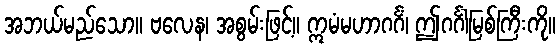
အဘယ်မည်သော။ ဗလေန၊ အစွမ်းဖြင့်။ ဣမံမဟာဂင်္ဂံ၊ ဤဂင်္ဂါမြစ်ကြီးကို။